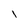
Character: 1